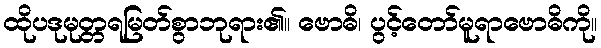
ထိုပဒုမုတ္တရမြတ်စွာဘုရား၏။ ဗောဓိ၊ ပွင့်တော်မူရာဗောဓိကို။